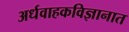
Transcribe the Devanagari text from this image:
अर्धवाहकविज्ञानात